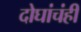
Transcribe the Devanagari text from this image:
दोघांचंही